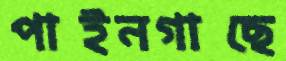
পাইনগাছে